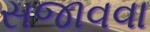
સજાવવા